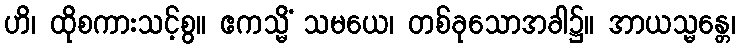
ဟိ၊ ထိုစကားသင့်စွ။ ဧကသ္မိံ သမယေ၊ တစ်ခုသောအခါ၌။ အာယသ္မန္တေ၊